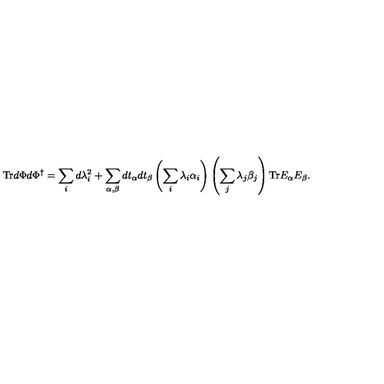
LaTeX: \mathrm { T r } d \Phi d \Phi ^ { \dagger } = \sum _ { i } d \lambda _ { i } ^ { 2 } + \sum _ { \alpha , \beta } d t _ { \alpha } d t _ { \beta } \left( \sum _ { i } \lambda _ { i } \alpha _ { i } \right) \left( \sum _ { j } \lambda _ { j } \beta _ { j } \right) \mathrm { T r } E _ { \alpha } E _ { \beta } .